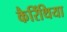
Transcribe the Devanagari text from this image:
कैरिंथिया